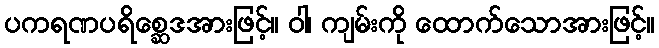
ပကရဏပရိစ္ဆေဒအားဖြင့်။ ဝါ၊ ကျမ်းကို ထောက်သောအားဖြင့်။